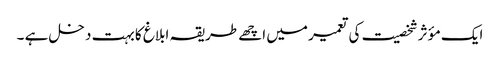
ایک مؤثر شخصیت کی تعمیر میں اچھے طریقہ ابلاغ کا بہت دخل ہے ۔